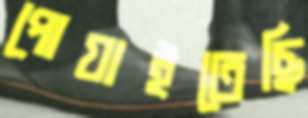
পোয়াইতেছি